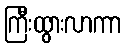
ကြီးထွားလာကာ